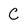
Character: C